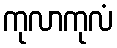
ကုလာကုလံ